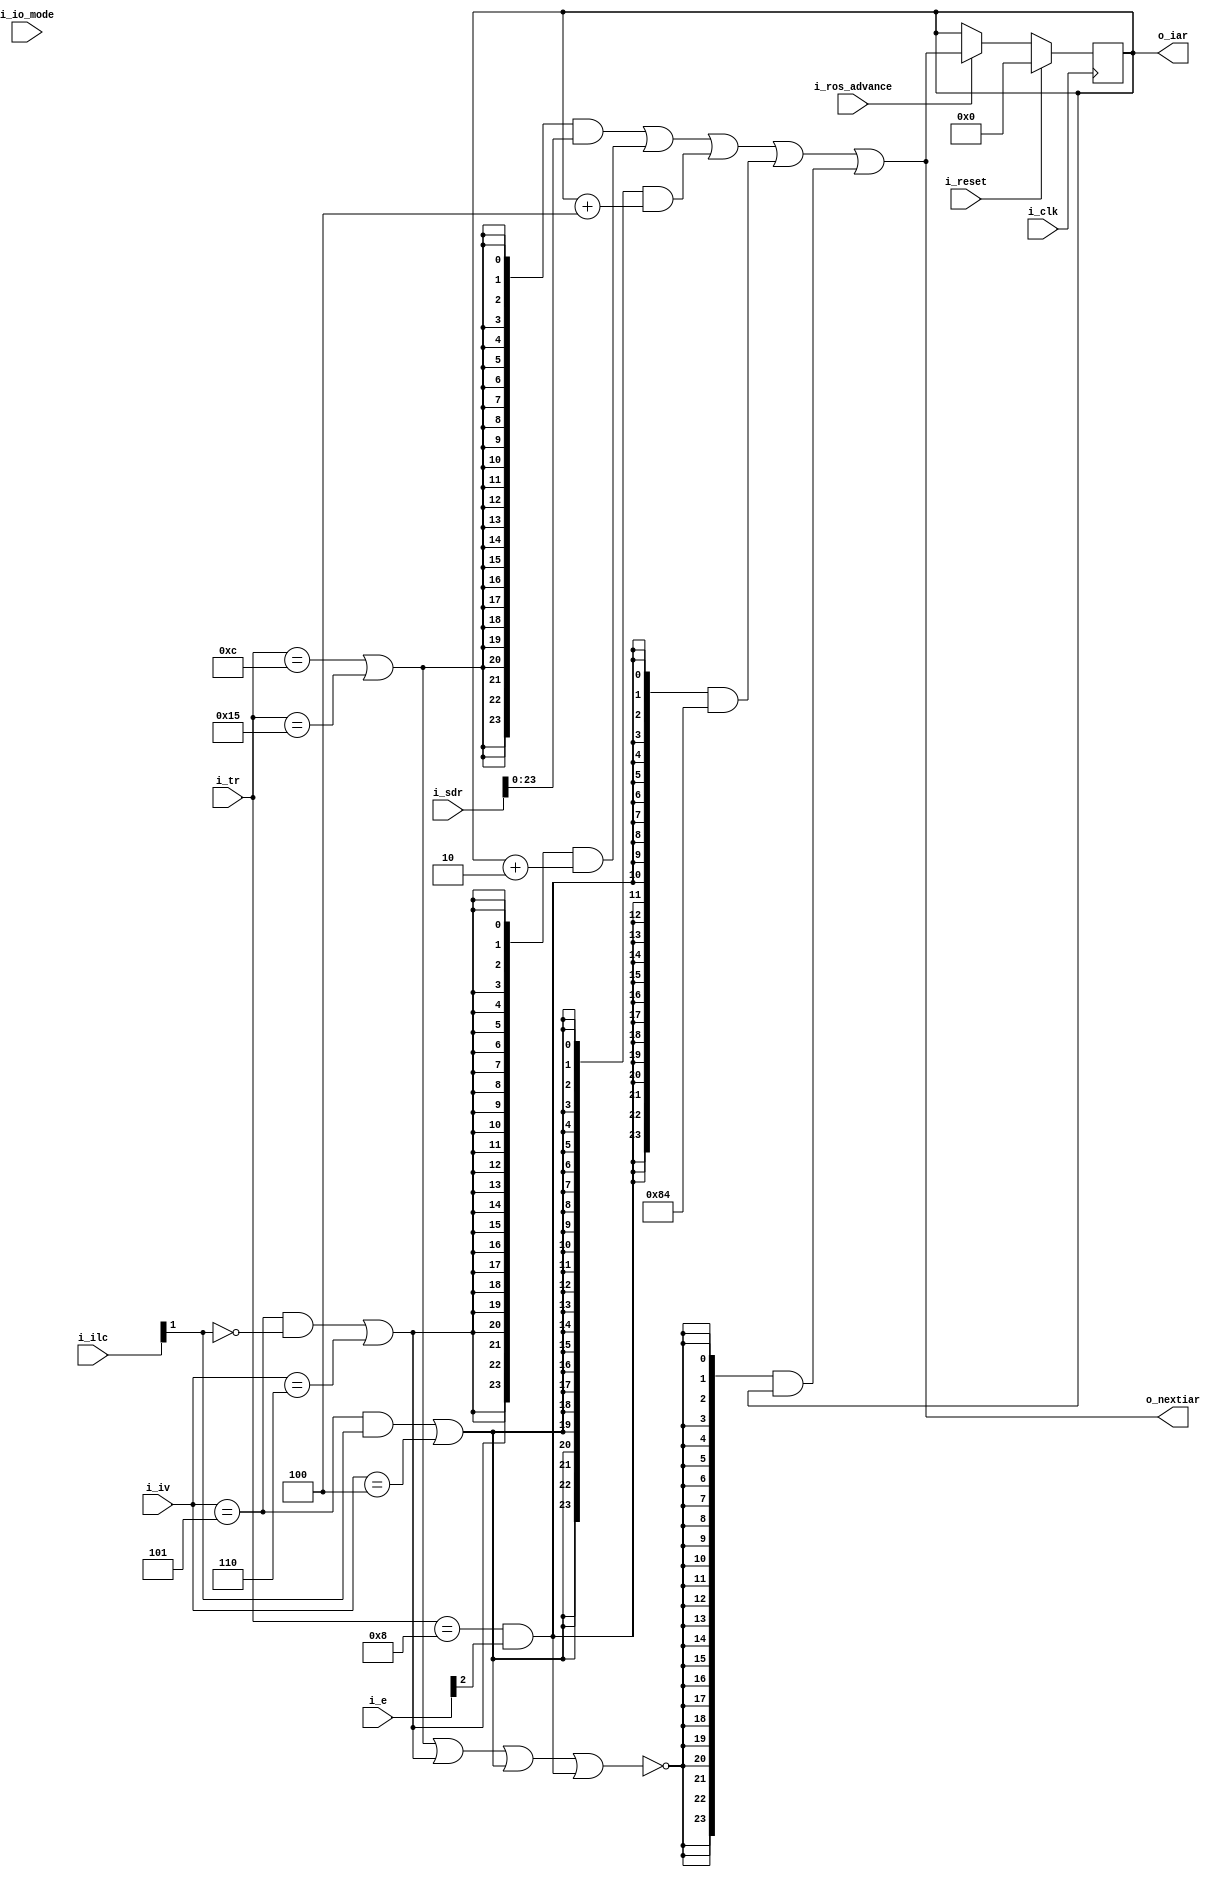
`default_nettype   none

// 2050 psw<40:63> instruction address register
//
// 2050 byte stats
// 2050 Control Field Specification
// CFC 112 - 2050 control field specification - cpu mode (ss)
// [pdf page 13]

// A22-6821-0_360PrincOps.pdf
// A22-6821-0 figure 14 "program status word" page 16 [pdf page 16]

module x2050iar (i_clk, i_reset,
	i_ros_advance,
	i_io_mode,
	i_tr,
	i_iv,
	i_e,
	i_ilc,
	i_sdr,
	o_nextiar,
	o_iar);

	input wire i_clk;
	input wire i_reset;
	input wire i_ros_advance;
	input wire i_io_mode;

	input wire [4:0] i_tr;
	input wire [2:0] i_iv;
	input wire [3:0] i_e;
	input wire [1:0] i_ilc;
	input wire [31:0] i_sdr;
	output wire [23:0] o_nextiar;
	output reg [23:0] o_iar;

// iar: ca211

	wire [23:0] hwaddr = 24'h84;

	// TR12 only loads 20 bits of the iar - not sure why.
	// it's only used by diagnoise / flt logic, does this matter?
	wire iar_load = (i_tr == 5'd12) | (i_tr == 5'd21);
	// IV4 has the same action as CT4, and CT5,6,7 not defined or used.
	wire iar_incr2 = (i_iv == 3'd5) & ~i_ilc[1-0] | (i_iv == 3'd6);
	wire iar_incr4 = (i_iv == 3'd5) & i_ilc[1-0] | (i_iv == 3'd4);
	wire iar_ha = (i_tr == 5'd8) & i_e[3-1];
	wire iar_nil = ~(iar_load | iar_incr2 | iar_incr4 | iar_ha);

	wire [23:0] next_iar = {24{iar_load}} & i_sdr[31-8:31-31]
		| {24{iar_incr2}} & (o_iar + 24'd2)
		| {24{iar_incr4}} & (o_iar + 24'd4)
		| {24{iar_ha}} & hwaddr
		| {24{iar_nil}} & o_iar;

	assign o_nextiar = next_iar;

always @(posedge i_clk)
	if (i_reset)
		o_iar <= 0;
	else if (!i_ros_advance)
		;
	else begin
		o_iar <= next_iar;
	end
endmodule